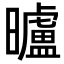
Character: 曥